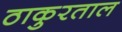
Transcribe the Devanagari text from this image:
ठाकुरताल